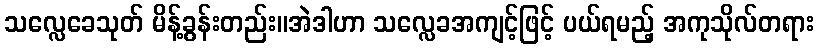
သလ္လေခေသုတ် မိန့်ခွန်းတည်း။အဲဒါဟာ သလ္လေခအကျင့်ဖြင့် ပယ်ရမည့် အကုသိုလ်တရား